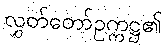
လွှတ်တော်ဥက္ကဋ္ဌ၏